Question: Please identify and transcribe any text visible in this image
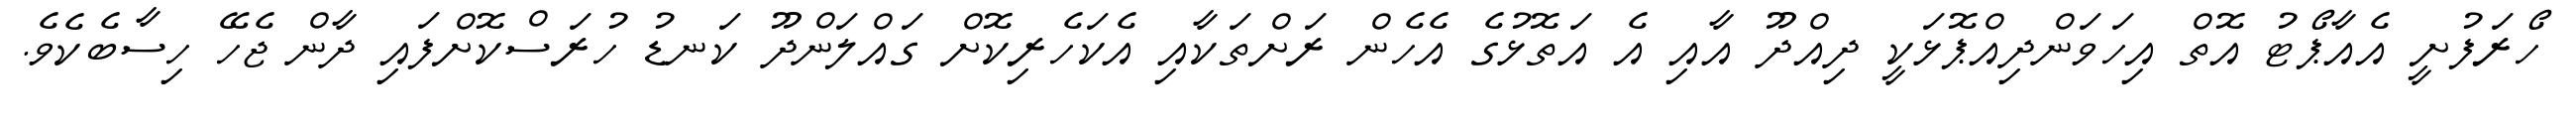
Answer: ހޯރަފުށީ އެއާޕޯޓު އޮތް އިހަވަންދިއްޕޮޅަކީ ދިއްދޫ އާއި އެ އަތޮޅުގެ އެހެން ރަށްތަކާއި އެކަހެރިކޮށް ގައްލަންދޫ ކަނޑު ހުރަސްކޮށްފައި ދާން ޖެހޭ ހިސާބެކެވެ.